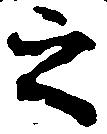
之